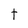
Character: t